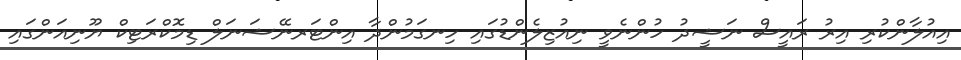
އިއުލާންކުރި އިރު ރައީސް ނަޝީދު ހުންނެވީ ނިއުޒިލެންޑުގައި ހިނގަމުންދާ އިންޓަރނޭޝަނަލް ޑިމޮކްރަޓިކް ޔޫނިއަންގައި